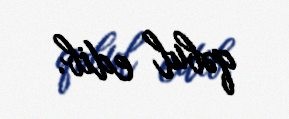
qəbul edib.